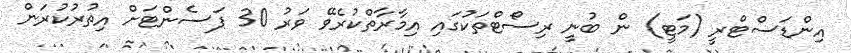
އިންޑަސްޓްރީ (މަޓީ) ން ބުނީ ރިސޯޓްތަކުގައި އިމާރާތްކުރެވޭ ވަރު 30 ޕަސެންޓަށް އިތުރުކުރަން